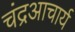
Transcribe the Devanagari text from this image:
चंद्रआचार्य